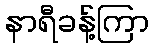
နာရီခန့်ကြာ